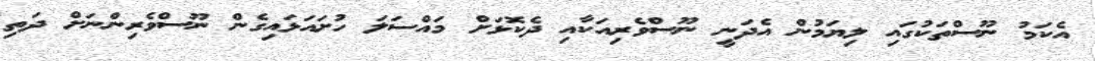
އެކަމު ނޫސްތަކުގައި ލިޔަމުން އެދަނީ ނޫސްވެރިއަކާއި ދެކޮޅަށް މައްސަަލަ ހުށައަޅައިގެން ނޫސްވެރިންނަށް ދަތި